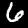
Digit: 6